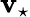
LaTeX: \mathbf{v}_{\star}